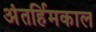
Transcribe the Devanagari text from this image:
अंतर्हिमकाल